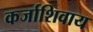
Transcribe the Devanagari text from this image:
कर्जाशिवाय